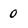
Character: 0